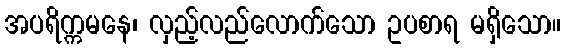
အပရိက္ကမနေ၊ လှည့်လည်လောက်သော ဥပစာရ မရှိသော။